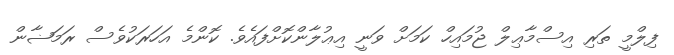
ފިލްމީ ތަރި އިސްމާޢިލް ޖުމައިހް ކަމަށް ވަނީ އިޢުލާންކޮށްފައެވެ. ކޮންމެ އަހަރަކުވެސް ރަމަޟާން